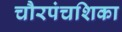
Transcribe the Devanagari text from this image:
चौरपंचशिका